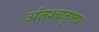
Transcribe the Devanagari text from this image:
अंतश्चतुष्ट्य